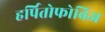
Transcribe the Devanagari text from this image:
हर्पितोफोबिअ